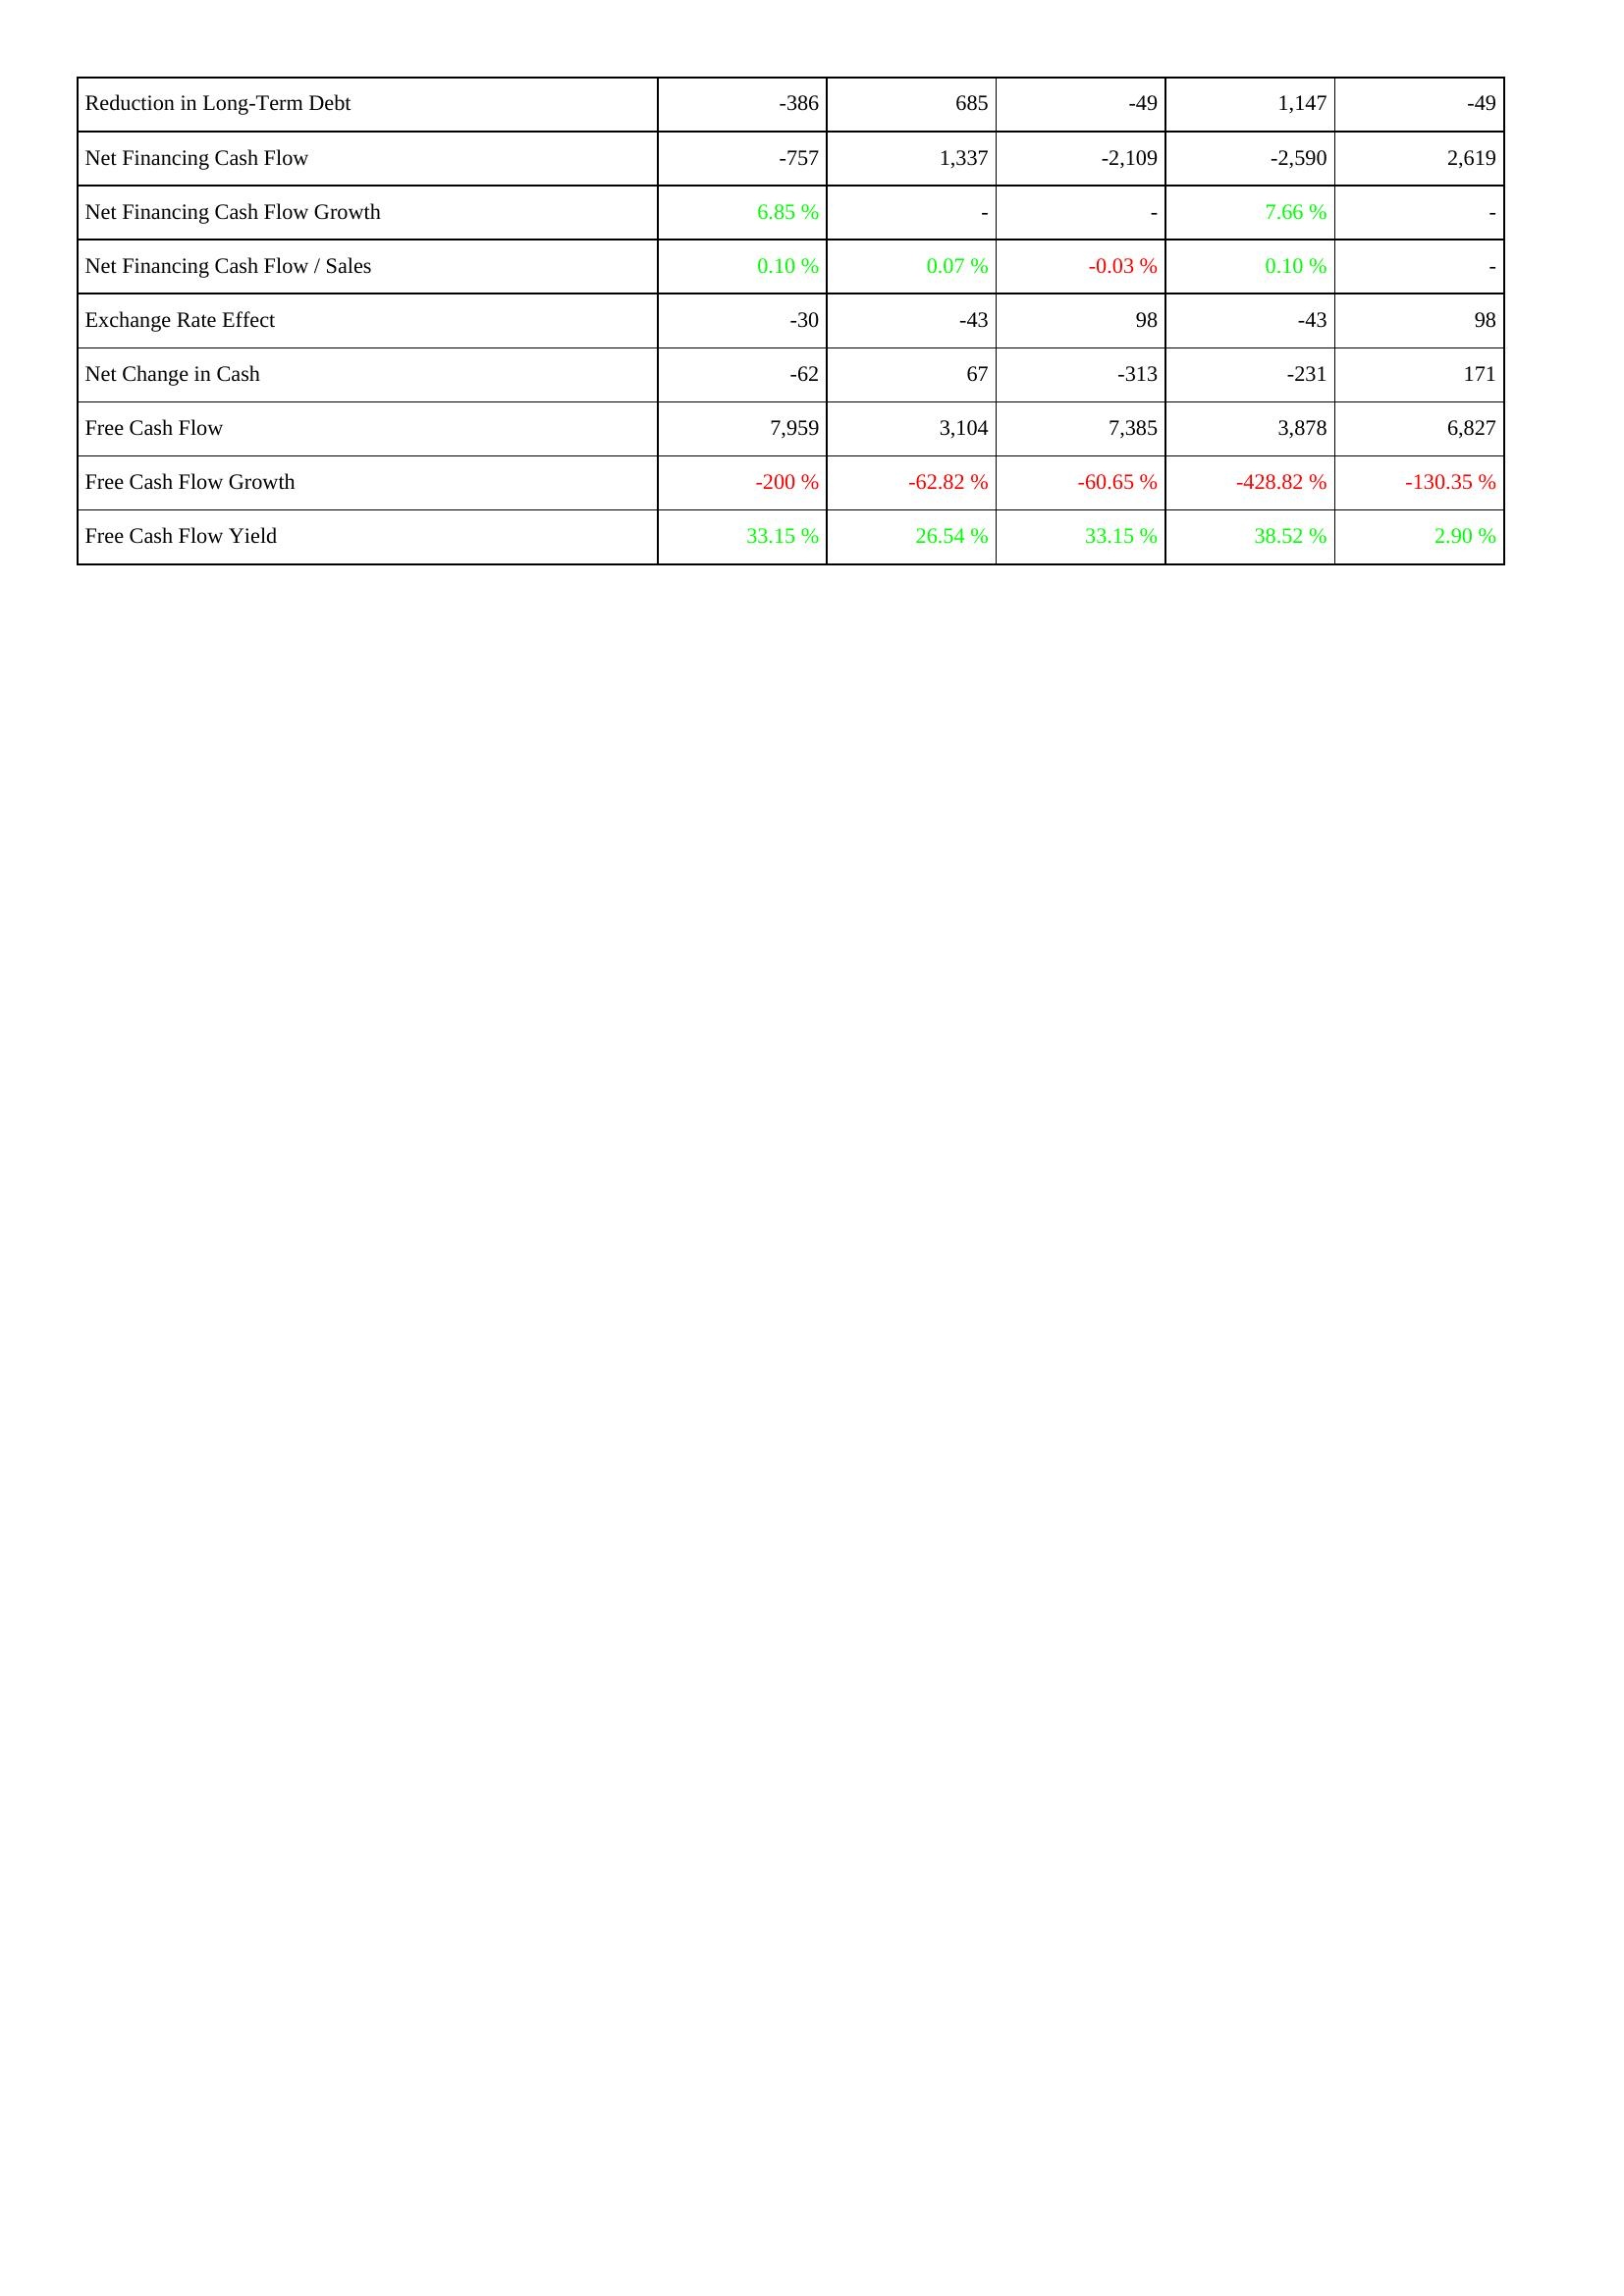
2022: Financing Activities: Reduction in Long-Term Debt: -386
Net Financing Cash Flow: -757
Net Financing Cash Flow Growth: 6.85 %
Net Financing Cash Flow / Sales: 0.10 %
Exchange Rate Effect: -30
Net Change in Cash: -62
Free Cash Flow: 7,959
Free Cash Flow Growth: -200 %
Free Cash Flow Yield: 33.15 %
2023: Financing Activities: Reduction in Long-Term Debt: 685
Net Financing Cash Flow: 1,337
Net Financing Cash Flow Growth: -
Net Financing Cash Flow / Sales: 0.07 %
Exchange Rate Effect: -43
Net Change in Cash: 67
Free Cash Flow: 3,104
Free Cash Flow Growth: -62.82 %
Free Cash Flow Yield: 26.54 %
2024: Financing Activities: Reduction in Long-Term Debt: -49
Net Financing Cash Flow: -2,109
Net Financing Cash Flow Growth: -
Net Financing Cash Flow / Sales: -0.03 %
Exchange Rate Effect: 98
Net Change in Cash: -313
Free Cash Flow: 7,385
Free Cash Flow Growth: -60.65 %
Free Cash Flow Yield: 33.15 %
2025: Financing Activities: Reduction in Long-Term Debt: 1,147
Net Financing Cash Flow: -2,590
Net Financing Cash Flow Growth: 7.66 %
Net Financing Cash Flow / Sales: 0.10 %
Exchange Rate Effect: -43
Net Change in Cash: -231
Free Cash Flow: 3,878
Free Cash Flow Growth: -428.82 %
Free Cash Flow Yield: 38.52 %
2026: Financing Activities: Reduction in Long-Term Debt: -49
Net Financing Cash Flow: 2,619
Net Financing Cash Flow Growth: -
Net Financing Cash Flow / Sales: -
Exchange Rate Effect: 98
Net Change in Cash: 171
Free Cash Flow: 6,827
Free Cash Flow Growth: -130.35 %
Free Cash Flow Yield: 2.90 %